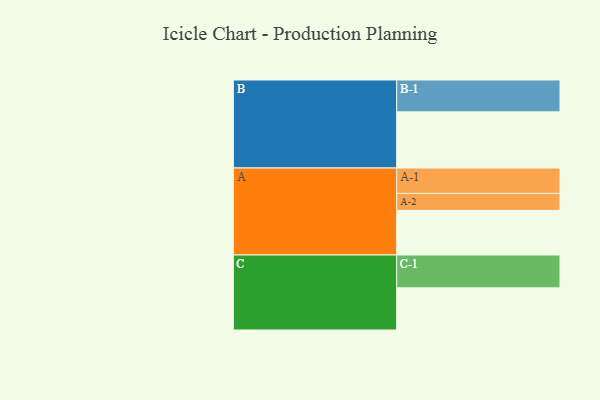
{"axis": {"x": "Segment", "y": "Value"}, "legend": ["", "A", "B", "C"], "data": [{"x": "A", "y": 395, "type": ""}, {"x": "B", "y": 497, "type": ""}, {"x": "C", "y": 373, "type": ""}, {"x": "A-1", "y": 225, "type": "A"}, {"x": "A-2", "y": 150, "type": "A"}, {"x": "B-1", "y": 282, "type": "B"}, {"x": "C-1", "y": 291, "type": "C"}]}